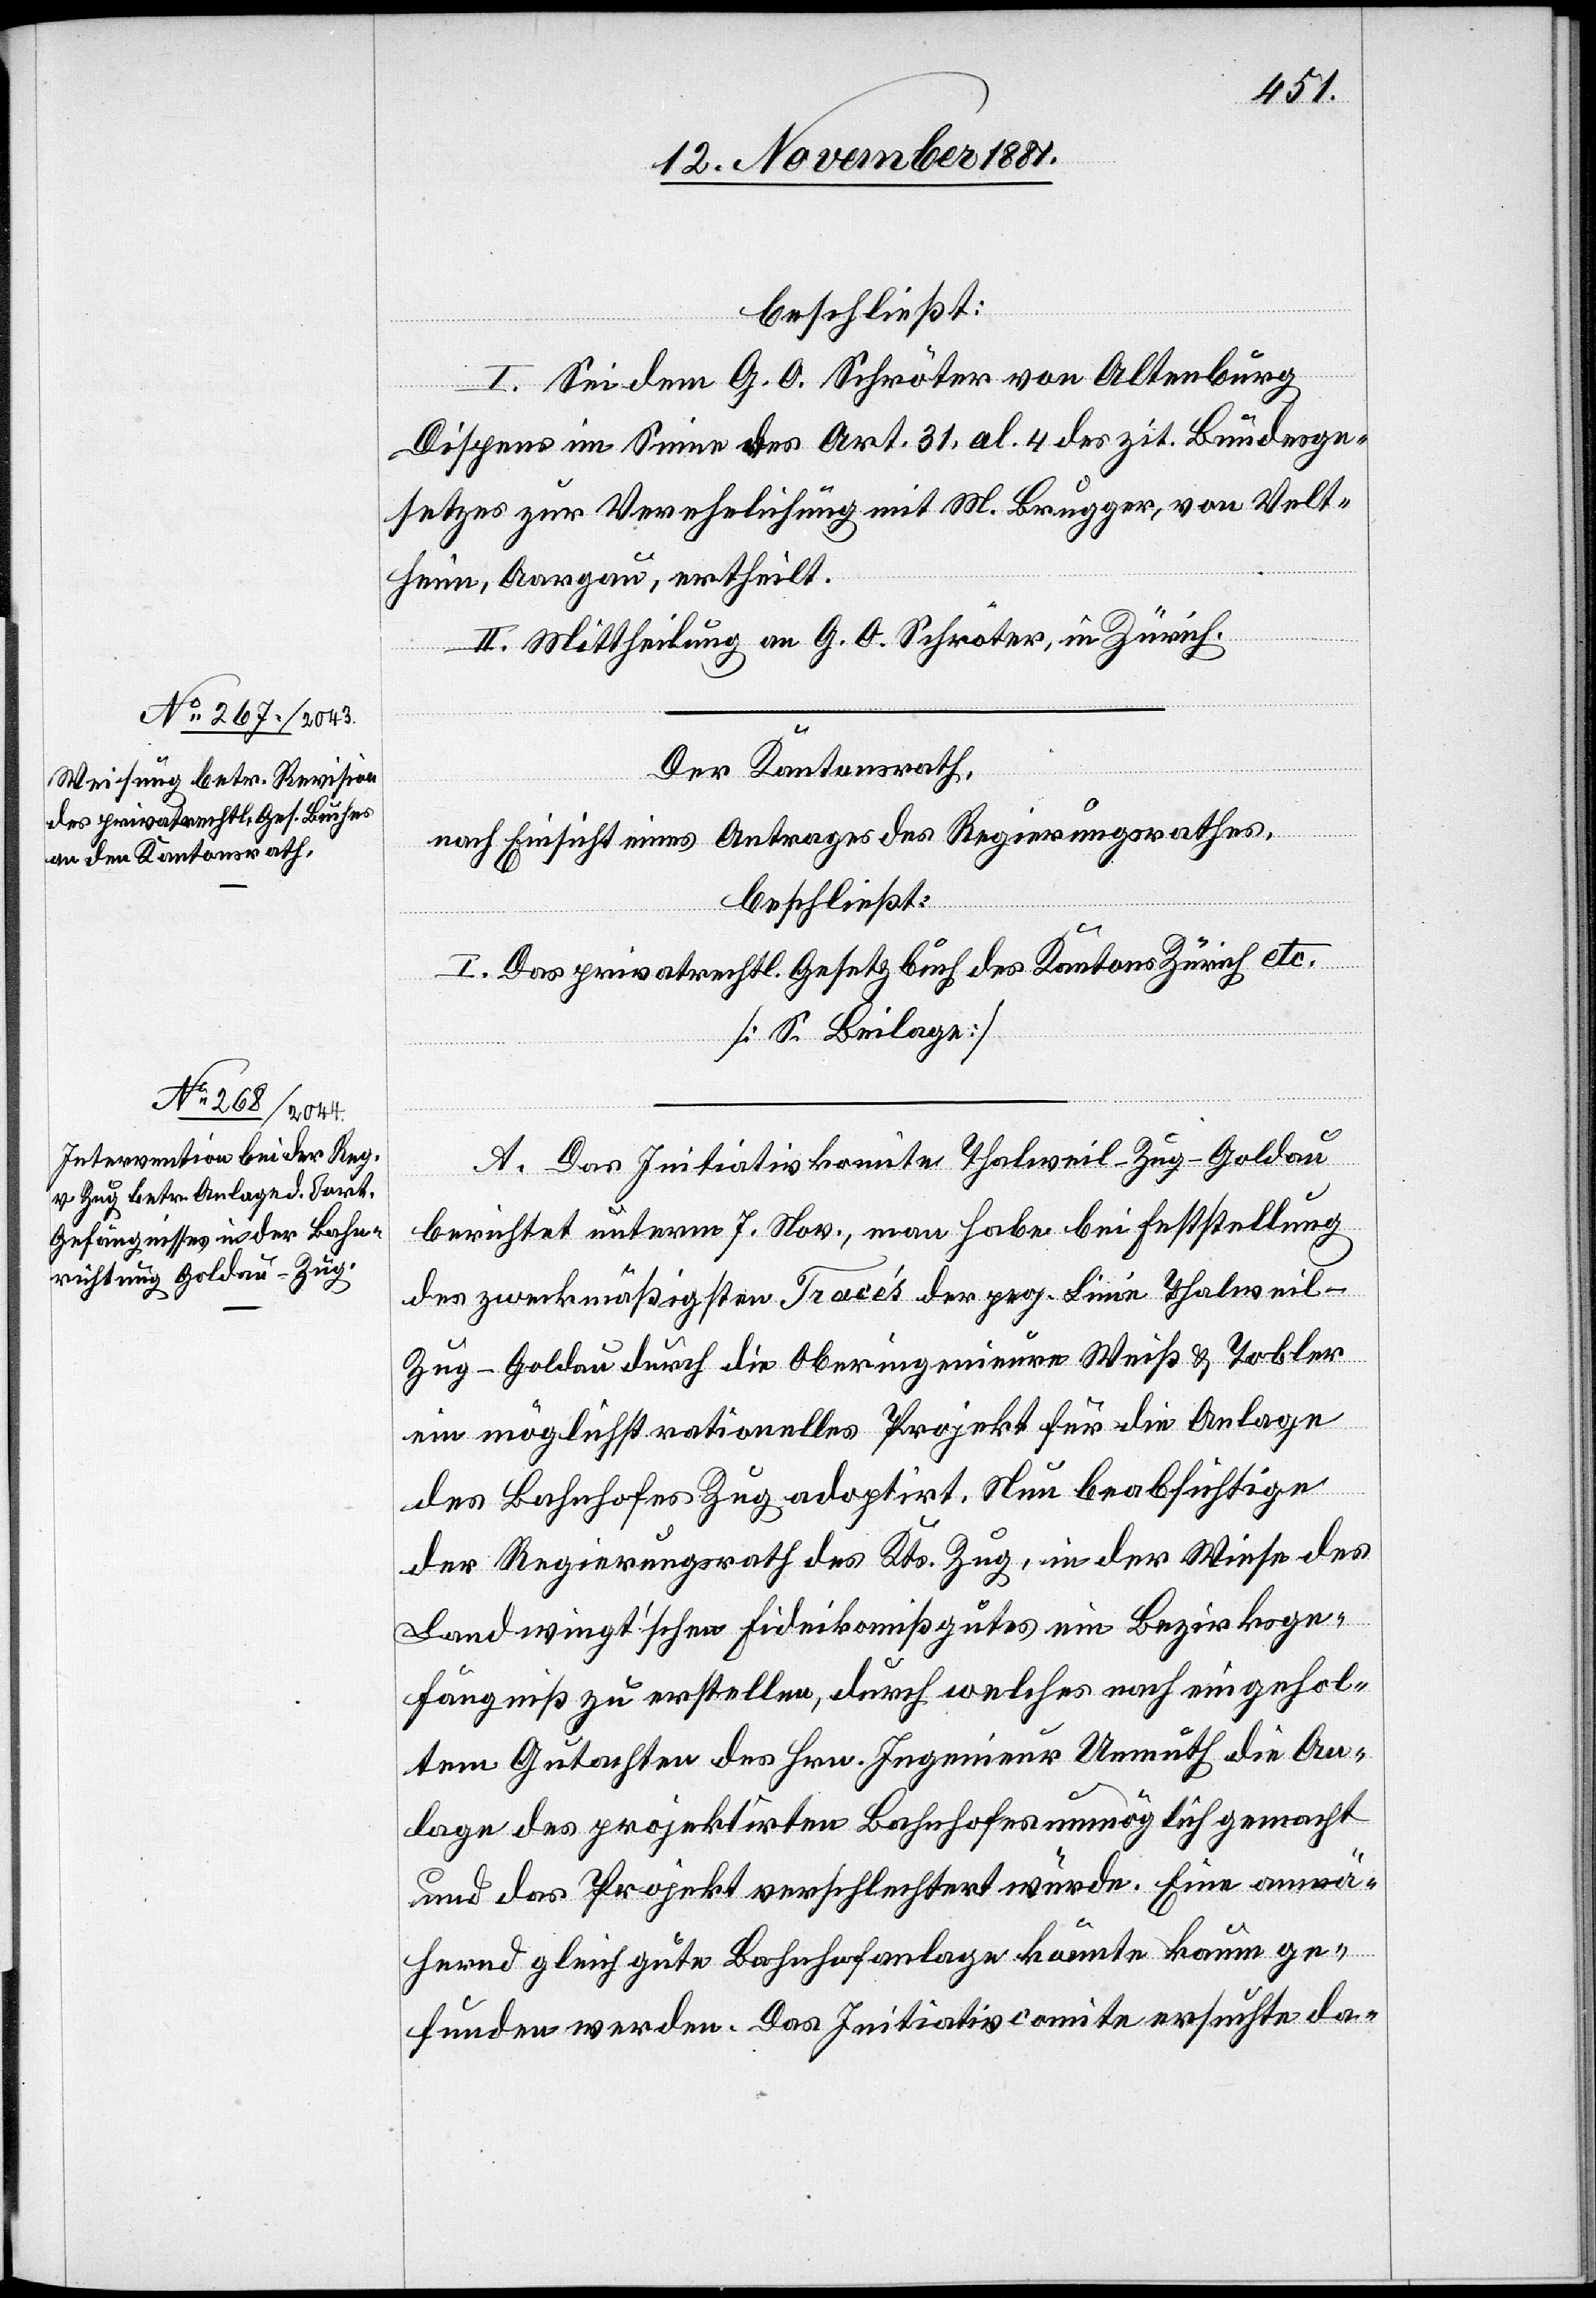
beschließt:
I. Sei dem G. O. Schröter von Altenburg
Dispens im Sinne des Art. 31. al. 4 des zit. Bundesge¬
setzes zur Verehelichung mit M. Brugger [sic!], von Velt¬
heim, Aargau, ertheilt.
II. Mittheilung an G. O. Schröter, in Zürich.
Der Kantonsrath,
nach Einsicht eines Antrages des Regierungsrathes,
beschließt:
I. Das privatrechtl. Gesetzbuch des Kantons Zürich etc.
[S. Beilage]
A. Das Initiativkomite Thalweil-Zug-Goldau
berichtet unterm 7. Nov., man habe bei Feststellung
des zweckmäßigsten Tracés der proj. Linie Thalweil–Z¬
ug–Goldau durch die Oberingenieure Weiß & Tobler
ein möglichst rationelles Projekt für die Anlage
des Bahnhofs Zug adoptirt. Nun beabsichtige
der Regierungsrath des Kts. Zug, in der Weise des
Landwingt’schen Fideikom[m]ißgutes ein Bezirksge¬
fängniß zu erstellen, durch welches nach eingehol¬
tem Gutachten des Hrn. Ingenieur Unmuth die An¬
lage des projektirten Bahnhofes unmöglich gemacht
und das Projekt verschlechtert würde. Eine annä¬
hernd gleich gute Bahnhofanlage könnte kaum ge¬
funden werden. Das Initiativcomite ersuchte da-